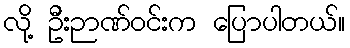
လို့ ဦးဉာဏ်ဝင်းက ပြောပါတယ်။